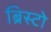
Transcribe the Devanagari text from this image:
ब्रिस्टो